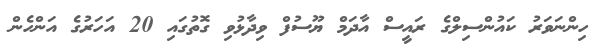
ހިންނަވަރު ކައުންސިލްގެ ރައީސް އާދަމް ޔޫސުފް ވިދާޅުވި ގޮތުގައި 20 އަހަރުގެ އަންހެން